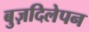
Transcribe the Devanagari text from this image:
बुज़दिलेपन